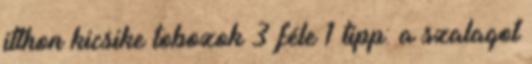
itthon kicsike tobozok 3 féle 1 tipp: a szalagot